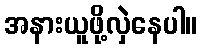
အနားယူဖို့လှဲနေပါ။